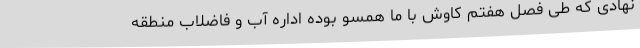
نهادی که طی فصل هفتم کاوش با ما همسو بوده اداره آب و فاضلاب منطقه